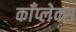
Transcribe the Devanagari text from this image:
काँप्लेक्स